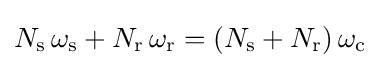
N_{\text{s}}\,\omega _{\text{s}}+N_{\text{r}}\,\omega _{\text{r}}=(N_{\text{s}}+N_{\text{r}})\,\omega _{\text{c}}